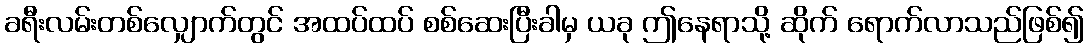
ခရီးလမ်းတစ်လျှောက်တွင် အထပ်ထပ် စစ်ဆေးပြီးခါမှ ယခု ဤနေရာသို့ ဆိုက် ရောက်လာသည်ဖြစ်၍